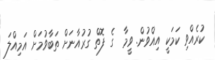
ކުރެއްވި ކަމަކީ އިއްވުން. ވީމާ  ގެ ފޮތް ގުރުއާނަށް ތަބާވުމަށް އަމިއްލަ